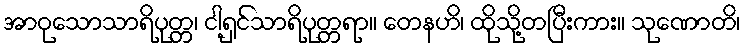
အာဝုသောသာရိပုတ္တ၊ ငါ့ရှင်သာရိပုတ္တရာ။ တေနဟိ၊ ထိုသို့တပြီးကား။ သုဏောတိ၊